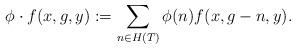
LaTeX: \begin{align*} \phi\cdot f(x,g,y):=\sum_{n\in H(T)} \phi(n) f(x,g-n,y). \end{align*}